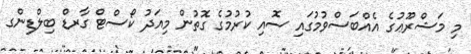
މި މަޝްރޫޢުގެ އެއްބަސްވުމުގައި ސޮއި ކުރުމުގެ ގޮތުން މިއަދު ކޯސްޓް ގާރޑް ބިލްޑިންގ